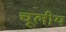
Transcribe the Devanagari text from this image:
चूलीय